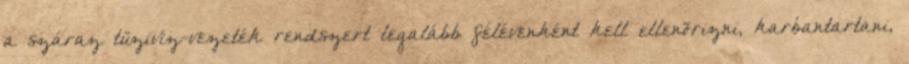
a száraz tüzivíz-vezeték rendszert legalább félévenként kell ellenõrizni, karbantartani,